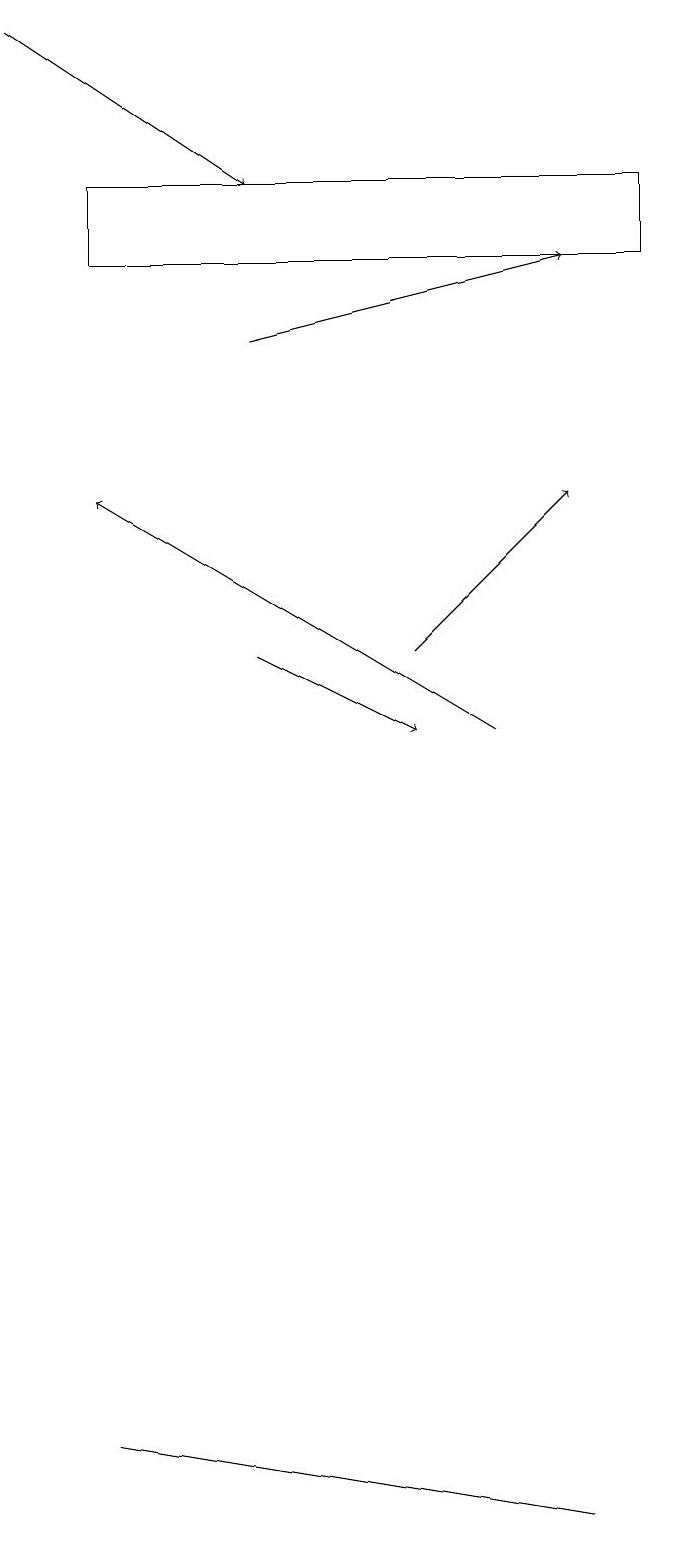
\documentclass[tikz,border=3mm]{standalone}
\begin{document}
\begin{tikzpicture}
\draw[->] (7,10) -- (2,13);
\draw[->] (4,15) -- (8,16);
\draw (2,17) rectangle (9,16);
\draw[->] (1,19) -- (4,17);
\draw (8,0) -- (2,1) -- (8,0) -- cycle;
\draw[->] (4,11) -- (6,10);
\draw[->] (6,11) -- (8,13);
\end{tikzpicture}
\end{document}